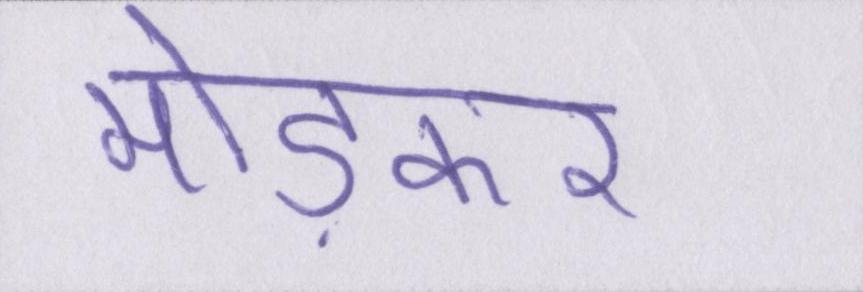
मोड़कर